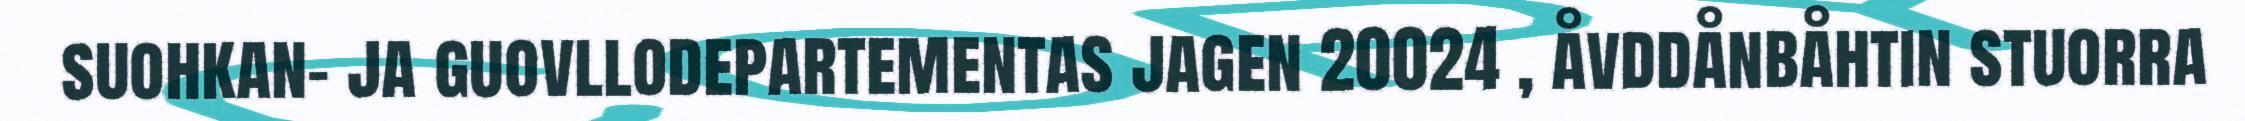
suohkan- ja guovllodepartementas jagen 20024 , åvddånbåhtin stuorra